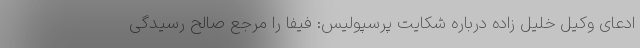
ادعای وکیل خلیل زاده درباره شکایت پرسپولیس: فیفا را مرجع صالح رسیدگی